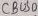
Text: CBUS0